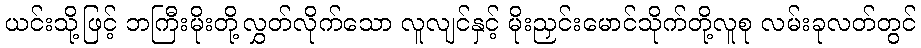
ယင်းသို့ဖြင့် ဘကြီးမိုးတို့လွှတ်လိုက်သော လူလျင်နှင့် မိုးညှင်းမောင်သိုက်တို့လူစု လမ်းခုလတ်တွင်